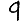
Digit: 9